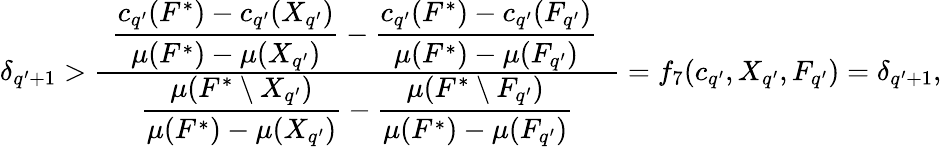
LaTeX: \begin{array}{r}{\delta_{q^{\prime}+1}>\frac{\hphantom{x}\displaystyle\frac{c_{q^{\prime}}(F^{*})-c_{q^{\prime}}(X_{q^{\prime}})}{\mu(F^{*})-\mu(X_{q^{\prime}})}-\frac{c_{q^{\prime}}(F^{*})-c_{q^{\prime}}(F_{q^{\prime}})}{\mu(F^{*})-\mu(F_{q^{\prime}})}\hphantom{x}}{\displaystyle\frac{\mu(F^{*}\setminus X_{q^{\prime}})}{\mu(F^{*})-\mu(X_{q^{\prime}})}-\frac{\mu(F^{*}\setminus F_{q^{\prime}})}{\mu(F^{*})-\mu(F_{q^{\prime}})}}=f_{7}(c_{q^{\prime}},X_{q^{\prime}},F_{q^{\prime}})=\delta_{q^{\prime}+1},}\end{array}